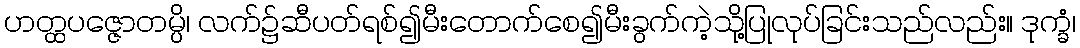
ဟတ္ထပဇ္ဇောတမ္ပိ၊ လက်၌ဆီပတ်ရစ်၍မီးတောက်စေ၍မီးခွက်ကဲ့သို့ပြုလုပ်ခြင်းသည်လည်း။ ဒုက္ခံ၊